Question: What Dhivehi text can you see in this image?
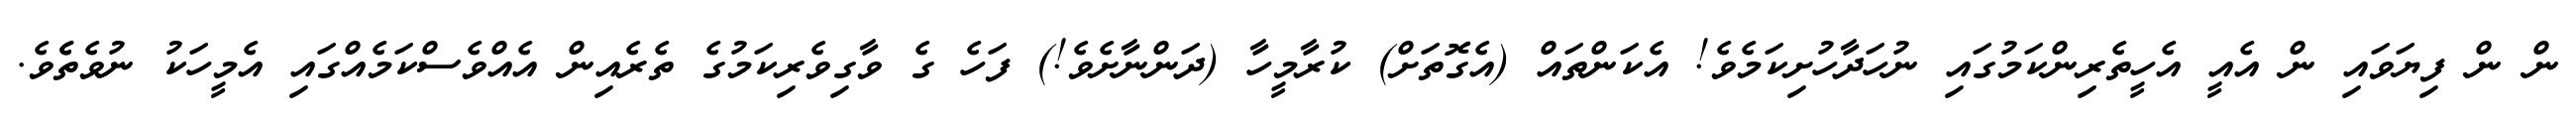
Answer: ން ން ފިޔަވައި ން އެއީ އެހީތެރިންކަމުގައި ނުހަދާހުށިކަމެވެ! އެކަންތައް (އެގޮތަށް) ކުރާމީހާ (ދަންނާށެވެ!) ފަހެ ގެ ވާގިވެރިކަމުގެ ތެރެއިން އެއްވެސްކަމެއްގައި އެމީހަކު ނުވެތެެވެ.